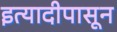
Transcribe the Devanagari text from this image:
इत्यादीपासून